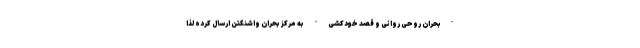
"بحران روحی روانی و قصد خودکشی" به مرکز بحران واشنگتن ارسال کرده لذا